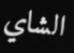
الشاي